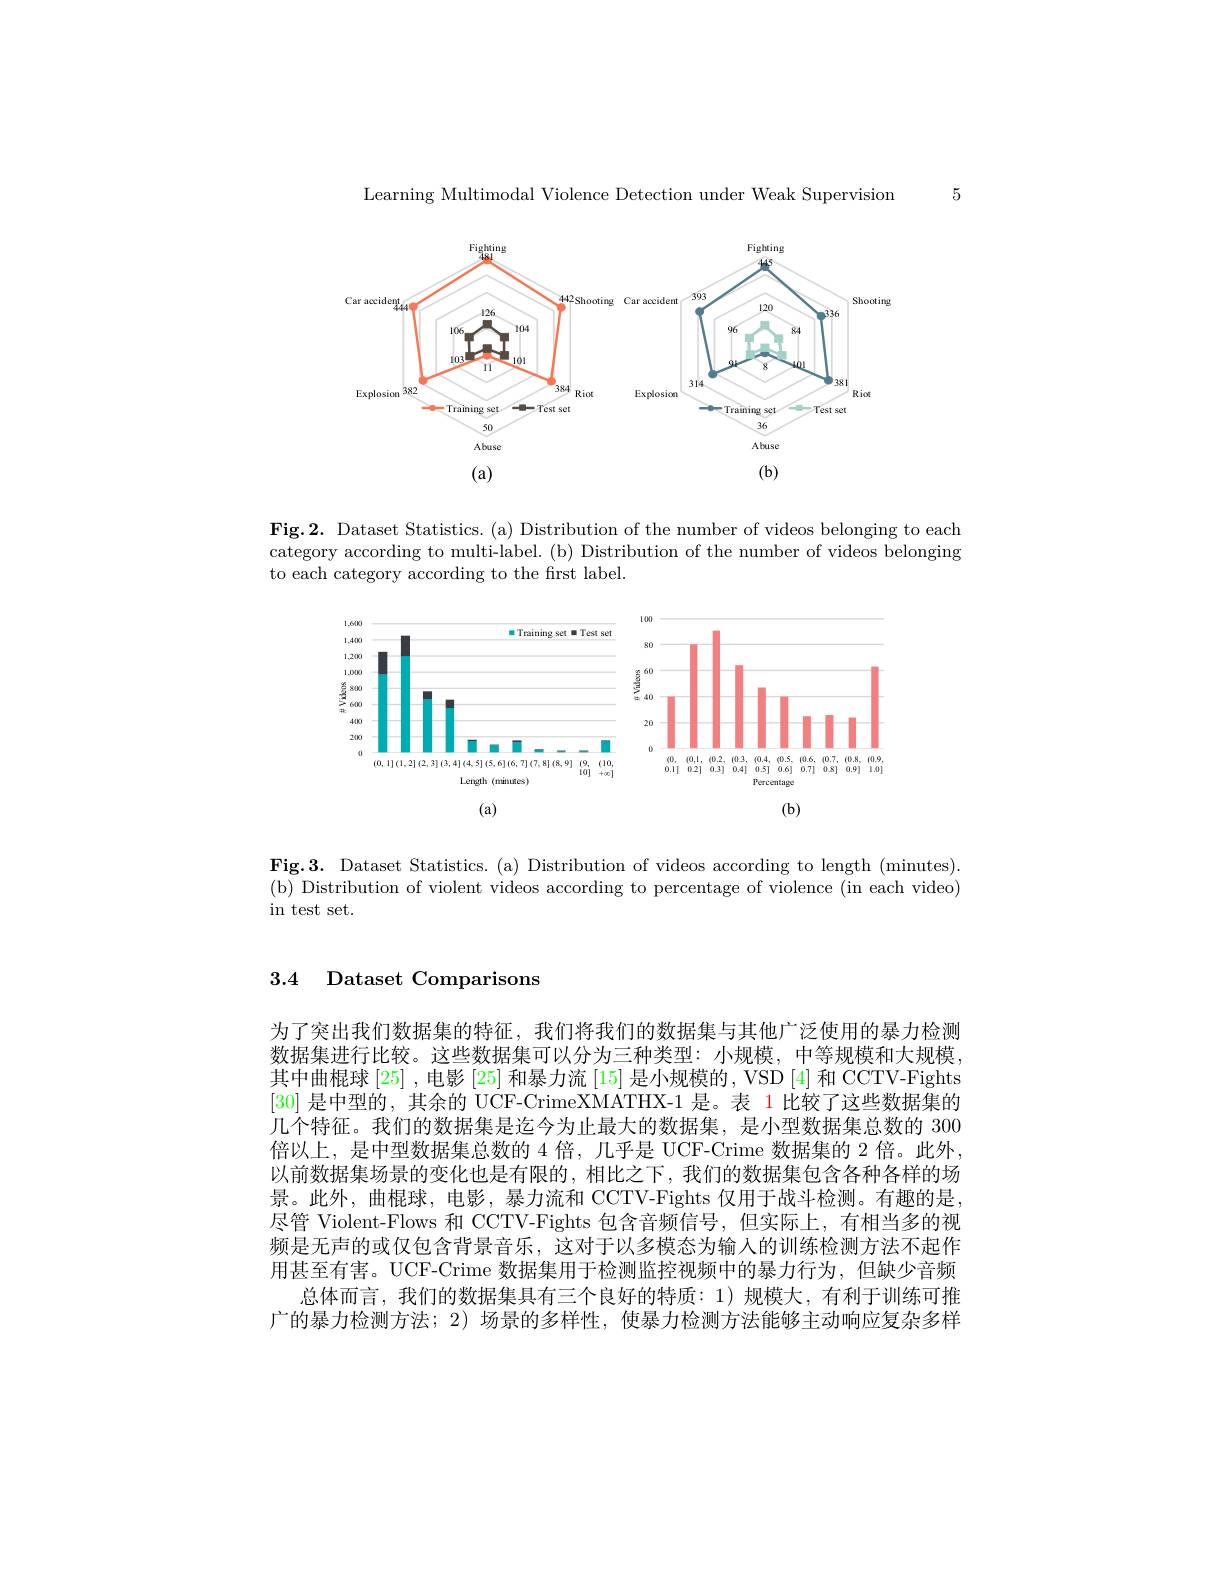
5

Learning Multimodal Violence Detection under Weak Supervision

<FigureHere>

Fig.2. Dataset Statistics. (a) Distribution of the number of videos belonging to each category according to multi-label. (b) Distribution of the number of videos belonging to each category according to the frst label.

<FigureHere>

Fig.3. Dataset Statistics. (a) Distribution of videos according to length (minutes). (b) Distribution of violent videos according to percentage of violence (in each video) $\operatorname{in}$ test set.

3.4 Dataset Comparisons

为了突出我们数据集的特征，我们将我们的数据集与其他广泛使用的暴力检测数据集进行比较。这些数据集可以分为三种类型：小规模，中等规模和大规模其中曲棍球[25] ,电影 [25] 和暴力流 [15] 是小规模的，VSD [4] 和 CCTV-Fights [30]是中型的，其余的 UCF-CrimeXMATHX-1 是。表 1 比较了这些数据集的几个特征。我们的数据集是迄今为止最大的数据集，是小型数据集总数的 300倍以上，是中型数据集总数的 4 倍，几乎是 UCF-Crime 数据集的 2 倍。此外， 以前数据集场景的变化也是有限的，相比之下，我们的数据集包含各种各样的场景。此外，曲棍球，电影，暴力流和 CCTV-Fights 仅用于战斗检测。有趣的是尽管 Violent-Flows 和 CCTV-Fights 包含音频信号，但实际上，有相当多的视频是无声的或仅包含背景音乐，这对于以多模态为输人的训练检测方法不起作用甚至有害。UCF-Crime 数据集用于检测监控视频中的暴力行为，但缺少音频
总体而言，我们的数据集具有三个良好的特质：1)规模大，有利于训练可推广的暴力检测方法；2) 场景的多样性，使暴力检测方法能够主动响应复杂多样